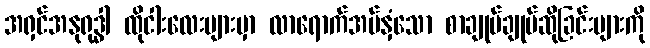
အရှင်အနုရုဒ္ဓါ ထိုငါးလေးများမှာ လာရောက်အပ်နှံသော စာချုပ်ချုပ်ဆိုခြင်းများကို